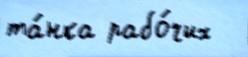
та́нка рабо́чих